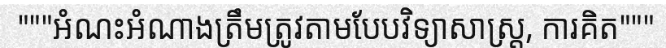
"""អំណះអំណាងត្រឹមត្រូវតាមបែបវិទ្យាសាស្ត្រ, ការគិត"""